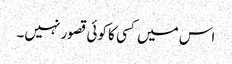
اس میں کسی کا کوئی قصور نہیں۔